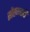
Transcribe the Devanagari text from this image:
सौख्यवादी